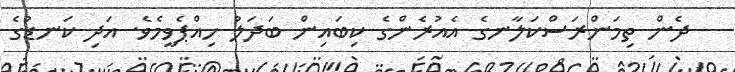
ދެން ތިމަންރަސްކަލާނގެ އެއުރެންގެ ކިބައިން ބަދަލު ހިއްޕެވީމެވެ. އަދި ކަނޑުގެ